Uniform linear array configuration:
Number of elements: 16
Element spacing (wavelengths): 0.5
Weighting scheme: binomial
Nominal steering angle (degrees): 30
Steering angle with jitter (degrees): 29.479
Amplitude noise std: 0.05
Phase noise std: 0.05

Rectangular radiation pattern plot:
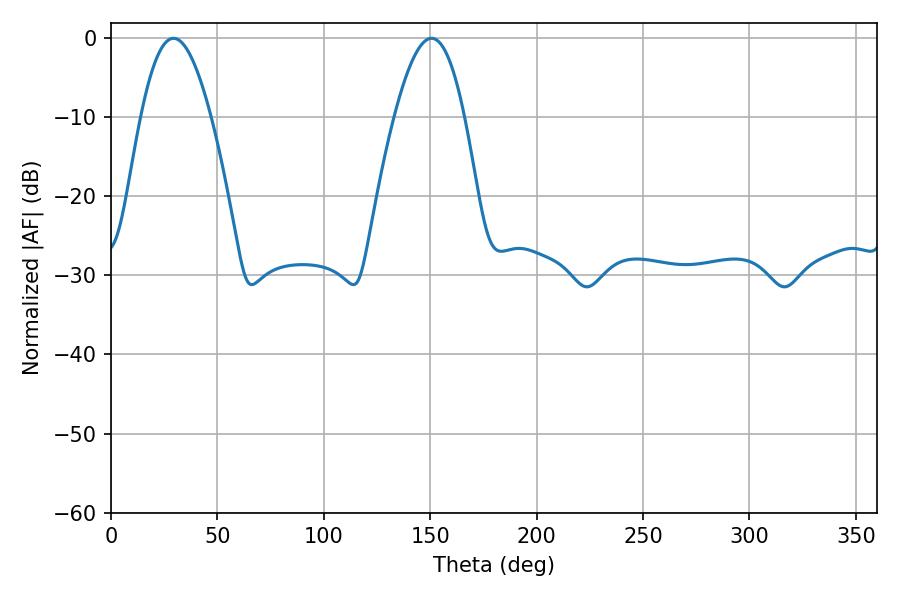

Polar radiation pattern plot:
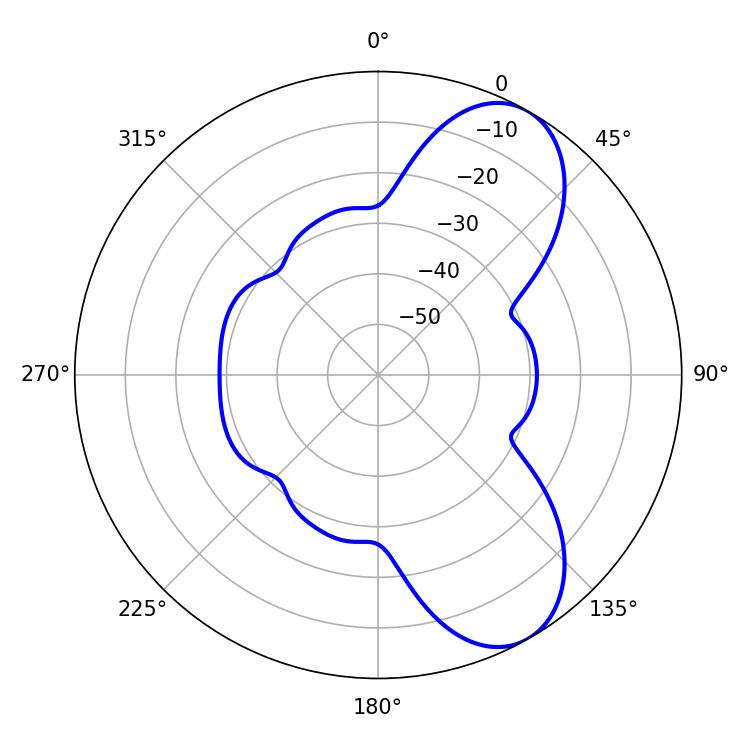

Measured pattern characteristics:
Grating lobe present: FALSE
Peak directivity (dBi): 7.782
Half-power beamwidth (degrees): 18
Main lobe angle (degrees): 29.34